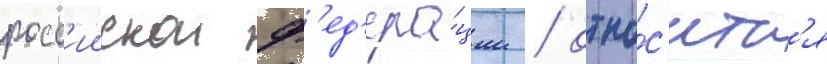
росс'иискои ф'ед'ера́ции / отно́с'итс'я